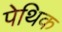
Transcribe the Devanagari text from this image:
पेथिक